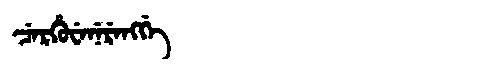
Manchu: ᠴᡝᡵᡥᡠᠸᡝᠨᡝᡵᡝᠩᡤᡝ
Romanization: CERHUWENERENGGE